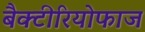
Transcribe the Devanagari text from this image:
बैक्टीरियोफाज